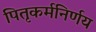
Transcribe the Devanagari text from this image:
पितृकर्मनिर्णय